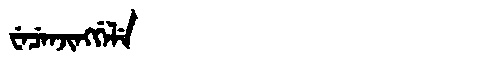
Manchu: ᠸᡝᠴᡝᠨᠵᡳᠩᡤᡝᠯᡝ
Romanization: WECENJINGGELE